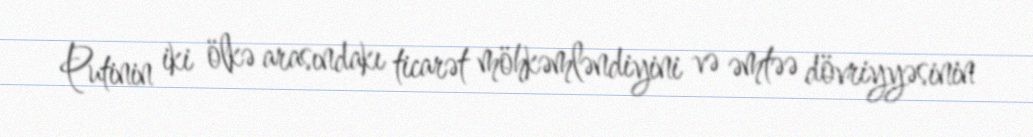
Putinin iki ölkə arasındakı ticarət möhkəmləndiyini və əmtəə dövriyyəsinin